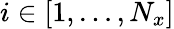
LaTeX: i\in[1,\dots,N_{x}]